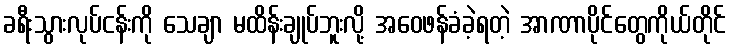
ခရီးသွားလုပ်ငန်းကို သေချာ မထိန်းချုပ်ဘူးလို့ အဝေဖန်ခံခဲ့ရတဲ့ အာဏာပိုင်တွေကိုယ်တိုင်